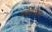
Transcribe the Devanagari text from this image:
पर्यवसायी